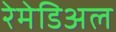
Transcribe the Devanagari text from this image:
रेमेडिअल